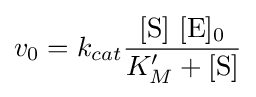
v_{0}=k_{cat}{\frac {[\mathrm {S} ]~[\mathrm {E} ]{\vphantom {A}}_{\smash[{t}]{0}}}{K_{M}^{\prime }+{[\mathrm {S} ]}}}